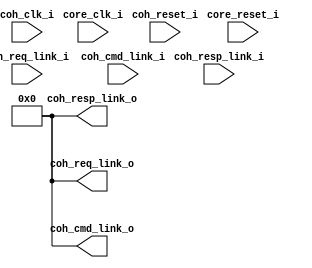
module bp_accelerator_complex_05
(
  core_clk_i,
  core_reset_i,
  coh_clk_i,
  coh_reset_i,
  coh_req_link_i,
  coh_req_link_o,
  coh_cmd_link_i,
  coh_cmd_link_o,
  coh_resp_link_i,
  coh_resp_link_o
);

  input [259:0] coh_req_link_i;
  output [259:0] coh_req_link_o;
  input [259:0] coh_cmd_link_i;
  output [259:0] coh_cmd_link_o;
  input [259:0] coh_resp_link_i;
  output [259:0] coh_resp_link_o;
  input core_clk_i;
  input core_reset_i;
  input coh_clk_i;
  input coh_reset_i;
  wire [259:0] coh_req_link_o,coh_cmd_link_o,coh_resp_link_o;
  assign coh_resp_link_o[0] = 1'b0;
  assign coh_resp_link_o[1] = 1'b0;
  assign coh_resp_link_o[2] = 1'b0;
  assign coh_resp_link_o[3] = 1'b0;
  assign coh_resp_link_o[4] = 1'b0;
  assign coh_resp_link_o[5] = 1'b0;
  assign coh_resp_link_o[6] = 1'b0;
  assign coh_resp_link_o[7] = 1'b0;
  assign coh_resp_link_o[8] = 1'b0;
  assign coh_resp_link_o[9] = 1'b0;
  assign coh_resp_link_o[10] = 1'b0;
  assign coh_resp_link_o[11] = 1'b0;
  assign coh_resp_link_o[12] = 1'b0;
  assign coh_resp_link_o[13] = 1'b0;
  assign coh_resp_link_o[14] = 1'b0;
  assign coh_resp_link_o[15] = 1'b0;
  assign coh_resp_link_o[16] = 1'b0;
  assign coh_resp_link_o[17] = 1'b0;
  assign coh_resp_link_o[18] = 1'b0;
  assign coh_resp_link_o[19] = 1'b0;
  assign coh_resp_link_o[20] = 1'b0;
  assign coh_resp_link_o[21] = 1'b0;
  assign coh_resp_link_o[22] = 1'b0;
  assign coh_resp_link_o[23] = 1'b0;
  assign coh_resp_link_o[24] = 1'b0;
  assign coh_resp_link_o[25] = 1'b0;
  assign coh_resp_link_o[26] = 1'b0;
  assign coh_resp_link_o[27] = 1'b0;
  assign coh_resp_link_o[28] = 1'b0;
  assign coh_resp_link_o[29] = 1'b0;
  assign coh_resp_link_o[30] = 1'b0;
  assign coh_resp_link_o[31] = 1'b0;
  assign coh_resp_link_o[32] = 1'b0;
  assign coh_resp_link_o[33] = 1'b0;
  assign coh_resp_link_o[34] = 1'b0;
  assign coh_resp_link_o[35] = 1'b0;
  assign coh_resp_link_o[36] = 1'b0;
  assign coh_resp_link_o[37] = 1'b0;
  assign coh_resp_link_o[38] = 1'b0;
  assign coh_resp_link_o[39] = 1'b0;
  assign coh_resp_link_o[40] = 1'b0;
  assign coh_resp_link_o[41] = 1'b0;
  assign coh_resp_link_o[42] = 1'b0;
  assign coh_resp_link_o[43] = 1'b0;
  assign coh_resp_link_o[44] = 1'b0;
  assign coh_resp_link_o[45] = 1'b0;
  assign coh_resp_link_o[46] = 1'b0;
  assign coh_resp_link_o[47] = 1'b0;
  assign coh_resp_link_o[48] = 1'b0;
  assign coh_resp_link_o[49] = 1'b0;
  assign coh_resp_link_o[50] = 1'b0;
  assign coh_resp_link_o[51] = 1'b0;
  assign coh_resp_link_o[52] = 1'b0;
  assign coh_resp_link_o[53] = 1'b0;
  assign coh_resp_link_o[54] = 1'b0;
  assign coh_resp_link_o[55] = 1'b0;
  assign coh_resp_link_o[56] = 1'b0;
  assign coh_resp_link_o[57] = 1'b0;
  assign coh_resp_link_o[58] = 1'b0;
  assign coh_resp_link_o[59] = 1'b0;
  assign coh_resp_link_o[60] = 1'b0;
  assign coh_resp_link_o[61] = 1'b0;
  assign coh_resp_link_o[62] = 1'b0;
  assign coh_resp_link_o[63] = 1'b0;
  assign coh_resp_link_o[64] = 1'b0;
  assign coh_resp_link_o[65] = 1'b0;
  assign coh_resp_link_o[66] = 1'b0;
  assign coh_resp_link_o[67] = 1'b0;
  assign coh_resp_link_o[68] = 1'b0;
  assign coh_resp_link_o[69] = 1'b0;
  assign coh_resp_link_o[70] = 1'b0;
  assign coh_resp_link_o[71] = 1'b0;
  assign coh_resp_link_o[72] = 1'b0;
  assign coh_resp_link_o[73] = 1'b0;
  assign coh_resp_link_o[74] = 1'b0;
  assign coh_resp_link_o[75] = 1'b0;
  assign coh_resp_link_o[76] = 1'b0;
  assign coh_resp_link_o[77] = 1'b0;
  assign coh_resp_link_o[78] = 1'b0;
  assign coh_resp_link_o[79] = 1'b0;
  assign coh_resp_link_o[80] = 1'b0;
  assign coh_resp_link_o[81] = 1'b0;
  assign coh_resp_link_o[82] = 1'b0;
  assign coh_resp_link_o[83] = 1'b0;
  assign coh_resp_link_o[84] = 1'b0;
  assign coh_resp_link_o[85] = 1'b0;
  assign coh_resp_link_o[86] = 1'b0;
  assign coh_resp_link_o[87] = 1'b0;
  assign coh_resp_link_o[88] = 1'b0;
  assign coh_resp_link_o[89] = 1'b0;
  assign coh_resp_link_o[90] = 1'b0;
  assign coh_resp_link_o[91] = 1'b0;
  assign coh_resp_link_o[92] = 1'b0;
  assign coh_resp_link_o[93] = 1'b0;
  assign coh_resp_link_o[94] = 1'b0;
  assign coh_resp_link_o[95] = 1'b0;
  assign coh_resp_link_o[96] = 1'b0;
  assign coh_resp_link_o[97] = 1'b0;
  assign coh_resp_link_o[98] = 1'b0;
  assign coh_resp_link_o[99] = 1'b0;
  assign coh_resp_link_o[100] = 1'b0;
  assign coh_resp_link_o[101] = 1'b0;
  assign coh_resp_link_o[102] = 1'b0;
  assign coh_resp_link_o[103] = 1'b0;
  assign coh_resp_link_o[104] = 1'b0;
  assign coh_resp_link_o[105] = 1'b0;
  assign coh_resp_link_o[106] = 1'b0;
  assign coh_resp_link_o[107] = 1'b0;
  assign coh_resp_link_o[108] = 1'b0;
  assign coh_resp_link_o[109] = 1'b0;
  assign coh_resp_link_o[110] = 1'b0;
  assign coh_resp_link_o[111] = 1'b0;
  assign coh_resp_link_o[112] = 1'b0;
  assign coh_resp_link_o[113] = 1'b0;
  assign coh_resp_link_o[114] = 1'b0;
  assign coh_resp_link_o[115] = 1'b0;
  assign coh_resp_link_o[116] = 1'b0;
  assign coh_resp_link_o[117] = 1'b0;
  assign coh_resp_link_o[118] = 1'b0;
  assign coh_resp_link_o[119] = 1'b0;
  assign coh_resp_link_o[120] = 1'b0;
  assign coh_resp_link_o[121] = 1'b0;
  assign coh_resp_link_o[122] = 1'b0;
  assign coh_resp_link_o[123] = 1'b0;
  assign coh_resp_link_o[124] = 1'b0;
  assign coh_resp_link_o[125] = 1'b0;
  assign coh_resp_link_o[126] = 1'b0;
  assign coh_resp_link_o[127] = 1'b0;
  assign coh_resp_link_o[128] = 1'b0;
  assign coh_resp_link_o[129] = 1'b0;
  assign coh_resp_link_o[130] = 1'b0;
  assign coh_resp_link_o[131] = 1'b0;
  assign coh_resp_link_o[132] = 1'b0;
  assign coh_resp_link_o[133] = 1'b0;
  assign coh_resp_link_o[134] = 1'b0;
  assign coh_resp_link_o[135] = 1'b0;
  assign coh_resp_link_o[136] = 1'b0;
  assign coh_resp_link_o[137] = 1'b0;
  assign coh_resp_link_o[138] = 1'b0;
  assign coh_resp_link_o[139] = 1'b0;
  assign coh_resp_link_o[140] = 1'b0;
  assign coh_resp_link_o[141] = 1'b0;
  assign coh_resp_link_o[142] = 1'b0;
  assign coh_resp_link_o[143] = 1'b0;
  assign coh_resp_link_o[144] = 1'b0;
  assign coh_resp_link_o[145] = 1'b0;
  assign coh_resp_link_o[146] = 1'b0;
  assign coh_resp_link_o[147] = 1'b0;
  assign coh_resp_link_o[148] = 1'b0;
  assign coh_resp_link_o[149] = 1'b0;
  assign coh_resp_link_o[150] = 1'b0;
  assign coh_resp_link_o[151] = 1'b0;
  assign coh_resp_link_o[152] = 1'b0;
  assign coh_resp_link_o[153] = 1'b0;
  assign coh_resp_link_o[154] = 1'b0;
  assign coh_resp_link_o[155] = 1'b0;
  assign coh_resp_link_o[156] = 1'b0;
  assign coh_resp_link_o[157] = 1'b0;
  assign coh_resp_link_o[158] = 1'b0;
  assign coh_resp_link_o[159] = 1'b0;
  assign coh_resp_link_o[160] = 1'b0;
  assign coh_resp_link_o[161] = 1'b0;
  assign coh_resp_link_o[162] = 1'b0;
  assign coh_resp_link_o[163] = 1'b0;
  assign coh_resp_link_o[164] = 1'b0;
  assign coh_resp_link_o[165] = 1'b0;
  assign coh_resp_link_o[166] = 1'b0;
  assign coh_resp_link_o[167] = 1'b0;
  assign coh_resp_link_o[168] = 1'b0;
  assign coh_resp_link_o[169] = 1'b0;
  assign coh_resp_link_o[170] = 1'b0;
  assign coh_resp_link_o[171] = 1'b0;
  assign coh_resp_link_o[172] = 1'b0;
  assign coh_resp_link_o[173] = 1'b0;
  assign coh_resp_link_o[174] = 1'b0;
  assign coh_resp_link_o[175] = 1'b0;
  assign coh_resp_link_o[176] = 1'b0;
  assign coh_resp_link_o[177] = 1'b0;
  assign coh_resp_link_o[178] = 1'b0;
  assign coh_resp_link_o[179] = 1'b0;
  assign coh_resp_link_o[180] = 1'b0;
  assign coh_resp_link_o[181] = 1'b0;
  assign coh_resp_link_o[182] = 1'b0;
  assign coh_resp_link_o[183] = 1'b0;
  assign coh_resp_link_o[184] = 1'b0;
  assign coh_resp_link_o[185] = 1'b0;
  assign coh_resp_link_o[186] = 1'b0;
  assign coh_resp_link_o[187] = 1'b0;
  assign coh_resp_link_o[188] = 1'b0;
  assign coh_resp_link_o[189] = 1'b0;
  assign coh_resp_link_o[190] = 1'b0;
  assign coh_resp_link_o[191] = 1'b0;
  assign coh_resp_link_o[192] = 1'b0;
  assign coh_resp_link_o[193] = 1'b0;
  assign coh_resp_link_o[194] = 1'b0;
  assign coh_resp_link_o[195] = 1'b0;
  assign coh_resp_link_o[196] = 1'b0;
  assign coh_resp_link_o[197] = 1'b0;
  assign coh_resp_link_o[198] = 1'b0;
  assign coh_resp_link_o[199] = 1'b0;
  assign coh_resp_link_o[200] = 1'b0;
  assign coh_resp_link_o[201] = 1'b0;
  assign coh_resp_link_o[202] = 1'b0;
  assign coh_resp_link_o[203] = 1'b0;
  assign coh_resp_link_o[204] = 1'b0;
  assign coh_resp_link_o[205] = 1'b0;
  assign coh_resp_link_o[206] = 1'b0;
  assign coh_resp_link_o[207] = 1'b0;
  assign coh_resp_link_o[208] = 1'b0;
  assign coh_resp_link_o[209] = 1'b0;
  assign coh_resp_link_o[210] = 1'b0;
  assign coh_resp_link_o[211] = 1'b0;
  assign coh_resp_link_o[212] = 1'b0;
  assign coh_resp_link_o[213] = 1'b0;
  assign coh_resp_link_o[214] = 1'b0;
  assign coh_resp_link_o[215] = 1'b0;
  assign coh_resp_link_o[216] = 1'b0;
  assign coh_resp_link_o[217] = 1'b0;
  assign coh_resp_link_o[218] = 1'b0;
  assign coh_resp_link_o[219] = 1'b0;
  assign coh_resp_link_o[220] = 1'b0;
  assign coh_resp_link_o[221] = 1'b0;
  assign coh_resp_link_o[222] = 1'b0;
  assign coh_resp_link_o[223] = 1'b0;
  assign coh_resp_link_o[224] = 1'b0;
  assign coh_resp_link_o[225] = 1'b0;
  assign coh_resp_link_o[226] = 1'b0;
  assign coh_resp_link_o[227] = 1'b0;
  assign coh_resp_link_o[228] = 1'b0;
  assign coh_resp_link_o[229] = 1'b0;
  assign coh_resp_link_o[230] = 1'b0;
  assign coh_resp_link_o[231] = 1'b0;
  assign coh_resp_link_o[232] = 1'b0;
  assign coh_resp_link_o[233] = 1'b0;
  assign coh_resp_link_o[234] = 1'b0;
  assign coh_resp_link_o[235] = 1'b0;
  assign coh_resp_link_o[236] = 1'b0;
  assign coh_resp_link_o[237] = 1'b0;
  assign coh_resp_link_o[238] = 1'b0;
  assign coh_resp_link_o[239] = 1'b0;
  assign coh_resp_link_o[240] = 1'b0;
  assign coh_resp_link_o[241] = 1'b0;
  assign coh_resp_link_o[242] = 1'b0;
  assign coh_resp_link_o[243] = 1'b0;
  assign coh_resp_link_o[244] = 1'b0;
  assign coh_resp_link_o[245] = 1'b0;
  assign coh_resp_link_o[246] = 1'b0;
  assign coh_resp_link_o[247] = 1'b0;
  assign coh_resp_link_o[248] = 1'b0;
  assign coh_resp_link_o[249] = 1'b0;
  assign coh_resp_link_o[250] = 1'b0;
  assign coh_resp_link_o[251] = 1'b0;
  assign coh_resp_link_o[252] = 1'b0;
  assign coh_resp_link_o[253] = 1'b0;
  assign coh_resp_link_o[254] = 1'b0;
  assign coh_resp_link_o[255] = 1'b0;
  assign coh_resp_link_o[256] = 1'b0;
  assign coh_resp_link_o[257] = 1'b0;
  assign coh_resp_link_o[258] = 1'b0;
  assign coh_resp_link_o[259] = 1'b0;
  assign coh_cmd_link_o[0] = 1'b0;
  assign coh_cmd_link_o[1] = 1'b0;
  assign coh_cmd_link_o[2] = 1'b0;
  assign coh_cmd_link_o[3] = 1'b0;
  assign coh_cmd_link_o[4] = 1'b0;
  assign coh_cmd_link_o[5] = 1'b0;
  assign coh_cmd_link_o[6] = 1'b0;
  assign coh_cmd_link_o[7] = 1'b0;
  assign coh_cmd_link_o[8] = 1'b0;
  assign coh_cmd_link_o[9] = 1'b0;
  assign coh_cmd_link_o[10] = 1'b0;
  assign coh_cmd_link_o[11] = 1'b0;
  assign coh_cmd_link_o[12] = 1'b0;
  assign coh_cmd_link_o[13] = 1'b0;
  assign coh_cmd_link_o[14] = 1'b0;
  assign coh_cmd_link_o[15] = 1'b0;
  assign coh_cmd_link_o[16] = 1'b0;
  assign coh_cmd_link_o[17] = 1'b0;
  assign coh_cmd_link_o[18] = 1'b0;
  assign coh_cmd_link_o[19] = 1'b0;
  assign coh_cmd_link_o[20] = 1'b0;
  assign coh_cmd_link_o[21] = 1'b0;
  assign coh_cmd_link_o[22] = 1'b0;
  assign coh_cmd_link_o[23] = 1'b0;
  assign coh_cmd_link_o[24] = 1'b0;
  assign coh_cmd_link_o[25] = 1'b0;
  assign coh_cmd_link_o[26] = 1'b0;
  assign coh_cmd_link_o[27] = 1'b0;
  assign coh_cmd_link_o[28] = 1'b0;
  assign coh_cmd_link_o[29] = 1'b0;
  assign coh_cmd_link_o[30] = 1'b0;
  assign coh_cmd_link_o[31] = 1'b0;
  assign coh_cmd_link_o[32] = 1'b0;
  assign coh_cmd_link_o[33] = 1'b0;
  assign coh_cmd_link_o[34] = 1'b0;
  assign coh_cmd_link_o[35] = 1'b0;
  assign coh_cmd_link_o[36] = 1'b0;
  assign coh_cmd_link_o[37] = 1'b0;
  assign coh_cmd_link_o[38] = 1'b0;
  assign coh_cmd_link_o[39] = 1'b0;
  assign coh_cmd_link_o[40] = 1'b0;
  assign coh_cmd_link_o[41] = 1'b0;
  assign coh_cmd_link_o[42] = 1'b0;
  assign coh_cmd_link_o[43] = 1'b0;
  assign coh_cmd_link_o[44] = 1'b0;
  assign coh_cmd_link_o[45] = 1'b0;
  assign coh_cmd_link_o[46] = 1'b0;
  assign coh_cmd_link_o[47] = 1'b0;
  assign coh_cmd_link_o[48] = 1'b0;
  assign coh_cmd_link_o[49] = 1'b0;
  assign coh_cmd_link_o[50] = 1'b0;
  assign coh_cmd_link_o[51] = 1'b0;
  assign coh_cmd_link_o[52] = 1'b0;
  assign coh_cmd_link_o[53] = 1'b0;
  assign coh_cmd_link_o[54] = 1'b0;
  assign coh_cmd_link_o[55] = 1'b0;
  assign coh_cmd_link_o[56] = 1'b0;
  assign coh_cmd_link_o[57] = 1'b0;
  assign coh_cmd_link_o[58] = 1'b0;
  assign coh_cmd_link_o[59] = 1'b0;
  assign coh_cmd_link_o[60] = 1'b0;
  assign coh_cmd_link_o[61] = 1'b0;
  assign coh_cmd_link_o[62] = 1'b0;
  assign coh_cmd_link_o[63] = 1'b0;
  assign coh_cmd_link_o[64] = 1'b0;
  assign coh_cmd_link_o[65] = 1'b0;
  assign coh_cmd_link_o[66] = 1'b0;
  assign coh_cmd_link_o[67] = 1'b0;
  assign coh_cmd_link_o[68] = 1'b0;
  assign coh_cmd_link_o[69] = 1'b0;
  assign coh_cmd_link_o[70] = 1'b0;
  assign coh_cmd_link_o[71] = 1'b0;
  assign coh_cmd_link_o[72] = 1'b0;
  assign coh_cmd_link_o[73] = 1'b0;
  assign coh_cmd_link_o[74] = 1'b0;
  assign coh_cmd_link_o[75] = 1'b0;
  assign coh_cmd_link_o[76] = 1'b0;
  assign coh_cmd_link_o[77] = 1'b0;
  assign coh_cmd_link_o[78] = 1'b0;
  assign coh_cmd_link_o[79] = 1'b0;
  assign coh_cmd_link_o[80] = 1'b0;
  assign coh_cmd_link_o[81] = 1'b0;
  assign coh_cmd_link_o[82] = 1'b0;
  assign coh_cmd_link_o[83] = 1'b0;
  assign coh_cmd_link_o[84] = 1'b0;
  assign coh_cmd_link_o[85] = 1'b0;
  assign coh_cmd_link_o[86] = 1'b0;
  assign coh_cmd_link_o[87] = 1'b0;
  assign coh_cmd_link_o[88] = 1'b0;
  assign coh_cmd_link_o[89] = 1'b0;
  assign coh_cmd_link_o[90] = 1'b0;
  assign coh_cmd_link_o[91] = 1'b0;
  assign coh_cmd_link_o[92] = 1'b0;
  assign coh_cmd_link_o[93] = 1'b0;
  assign coh_cmd_link_o[94] = 1'b0;
  assign coh_cmd_link_o[95] = 1'b0;
  assign coh_cmd_link_o[96] = 1'b0;
  assign coh_cmd_link_o[97] = 1'b0;
  assign coh_cmd_link_o[98] = 1'b0;
  assign coh_cmd_link_o[99] = 1'b0;
  assign coh_cmd_link_o[100] = 1'b0;
  assign coh_cmd_link_o[101] = 1'b0;
  assign coh_cmd_link_o[102] = 1'b0;
  assign coh_cmd_link_o[103] = 1'b0;
  assign coh_cmd_link_o[104] = 1'b0;
  assign coh_cmd_link_o[105] = 1'b0;
  assign coh_cmd_link_o[106] = 1'b0;
  assign coh_cmd_link_o[107] = 1'b0;
  assign coh_cmd_link_o[108] = 1'b0;
  assign coh_cmd_link_o[109] = 1'b0;
  assign coh_cmd_link_o[110] = 1'b0;
  assign coh_cmd_link_o[111] = 1'b0;
  assign coh_cmd_link_o[112] = 1'b0;
  assign coh_cmd_link_o[113] = 1'b0;
  assign coh_cmd_link_o[114] = 1'b0;
  assign coh_cmd_link_o[115] = 1'b0;
  assign coh_cmd_link_o[116] = 1'b0;
  assign coh_cmd_link_o[117] = 1'b0;
  assign coh_cmd_link_o[118] = 1'b0;
  assign coh_cmd_link_o[119] = 1'b0;
  assign coh_cmd_link_o[120] = 1'b0;
  assign coh_cmd_link_o[121] = 1'b0;
  assign coh_cmd_link_o[122] = 1'b0;
  assign coh_cmd_link_o[123] = 1'b0;
  assign coh_cmd_link_o[124] = 1'b0;
  assign coh_cmd_link_o[125] = 1'b0;
  assign coh_cmd_link_o[126] = 1'b0;
  assign coh_cmd_link_o[127] = 1'b0;
  assign coh_cmd_link_o[128] = 1'b0;
  assign coh_cmd_link_o[129] = 1'b0;
  assign coh_cmd_link_o[130] = 1'b0;
  assign coh_cmd_link_o[131] = 1'b0;
  assign coh_cmd_link_o[132] = 1'b0;
  assign coh_cmd_link_o[133] = 1'b0;
  assign coh_cmd_link_o[134] = 1'b0;
  assign coh_cmd_link_o[135] = 1'b0;
  assign coh_cmd_link_o[136] = 1'b0;
  assign coh_cmd_link_o[137] = 1'b0;
  assign coh_cmd_link_o[138] = 1'b0;
  assign coh_cmd_link_o[139] = 1'b0;
  assign coh_cmd_link_o[140] = 1'b0;
  assign coh_cmd_link_o[141] = 1'b0;
  assign coh_cmd_link_o[142] = 1'b0;
  assign coh_cmd_link_o[143] = 1'b0;
  assign coh_cmd_link_o[144] = 1'b0;
  assign coh_cmd_link_o[145] = 1'b0;
  assign coh_cmd_link_o[146] = 1'b0;
  assign coh_cmd_link_o[147] = 1'b0;
  assign coh_cmd_link_o[148] = 1'b0;
  assign coh_cmd_link_o[149] = 1'b0;
  assign coh_cmd_link_o[150] = 1'b0;
  assign coh_cmd_link_o[151] = 1'b0;
  assign coh_cmd_link_o[152] = 1'b0;
  assign coh_cmd_link_o[153] = 1'b0;
  assign coh_cmd_link_o[154] = 1'b0;
  assign coh_cmd_link_o[155] = 1'b0;
  assign coh_cmd_link_o[156] = 1'b0;
  assign coh_cmd_link_o[157] = 1'b0;
  assign coh_cmd_link_o[158] = 1'b0;
  assign coh_cmd_link_o[159] = 1'b0;
  assign coh_cmd_link_o[160] = 1'b0;
  assign coh_cmd_link_o[161] = 1'b0;
  assign coh_cmd_link_o[162] = 1'b0;
  assign coh_cmd_link_o[163] = 1'b0;
  assign coh_cmd_link_o[164] = 1'b0;
  assign coh_cmd_link_o[165] = 1'b0;
  assign coh_cmd_link_o[166] = 1'b0;
  assign coh_cmd_link_o[167] = 1'b0;
  assign coh_cmd_link_o[168] = 1'b0;
  assign coh_cmd_link_o[169] = 1'b0;
  assign coh_cmd_link_o[170] = 1'b0;
  assign coh_cmd_link_o[171] = 1'b0;
  assign coh_cmd_link_o[172] = 1'b0;
  assign coh_cmd_link_o[173] = 1'b0;
  assign coh_cmd_link_o[174] = 1'b0;
  assign coh_cmd_link_o[175] = 1'b0;
  assign coh_cmd_link_o[176] = 1'b0;
  assign coh_cmd_link_o[177] = 1'b0;
  assign coh_cmd_link_o[178] = 1'b0;
  assign coh_cmd_link_o[179] = 1'b0;
  assign coh_cmd_link_o[180] = 1'b0;
  assign coh_cmd_link_o[181] = 1'b0;
  assign coh_cmd_link_o[182] = 1'b0;
  assign coh_cmd_link_o[183] = 1'b0;
  assign coh_cmd_link_o[184] = 1'b0;
  assign coh_cmd_link_o[185] = 1'b0;
  assign coh_cmd_link_o[186] = 1'b0;
  assign coh_cmd_link_o[187] = 1'b0;
  assign coh_cmd_link_o[188] = 1'b0;
  assign coh_cmd_link_o[189] = 1'b0;
  assign coh_cmd_link_o[190] = 1'b0;
  assign coh_cmd_link_o[191] = 1'b0;
  assign coh_cmd_link_o[192] = 1'b0;
  assign coh_cmd_link_o[193] = 1'b0;
  assign coh_cmd_link_o[194] = 1'b0;
  assign coh_cmd_link_o[195] = 1'b0;
  assign coh_cmd_link_o[196] = 1'b0;
  assign coh_cmd_link_o[197] = 1'b0;
  assign coh_cmd_link_o[198] = 1'b0;
  assign coh_cmd_link_o[199] = 1'b0;
  assign coh_cmd_link_o[200] = 1'b0;
  assign coh_cmd_link_o[201] = 1'b0;
  assign coh_cmd_link_o[202] = 1'b0;
  assign coh_cmd_link_o[203] = 1'b0;
  assign coh_cmd_link_o[204] = 1'b0;
  assign coh_cmd_link_o[205] = 1'b0;
  assign coh_cmd_link_o[206] = 1'b0;
  assign coh_cmd_link_o[207] = 1'b0;
  assign coh_cmd_link_o[208] = 1'b0;
  assign coh_cmd_link_o[209] = 1'b0;
  assign coh_cmd_link_o[210] = 1'b0;
  assign coh_cmd_link_o[211] = 1'b0;
  assign coh_cmd_link_o[212] = 1'b0;
  assign coh_cmd_link_o[213] = 1'b0;
  assign coh_cmd_link_o[214] = 1'b0;
  assign coh_cmd_link_o[215] = 1'b0;
  assign coh_cmd_link_o[216] = 1'b0;
  assign coh_cmd_link_o[217] = 1'b0;
  assign coh_cmd_link_o[218] = 1'b0;
  assign coh_cmd_link_o[219] = 1'b0;
  assign coh_cmd_link_o[220] = 1'b0;
  assign coh_cmd_link_o[221] = 1'b0;
  assign coh_cmd_link_o[222] = 1'b0;
  assign coh_cmd_link_o[223] = 1'b0;
  assign coh_cmd_link_o[224] = 1'b0;
  assign coh_cmd_link_o[225] = 1'b0;
  assign coh_cmd_link_o[226] = 1'b0;
  assign coh_cmd_link_o[227] = 1'b0;
  assign coh_cmd_link_o[228] = 1'b0;
  assign coh_cmd_link_o[229] = 1'b0;
  assign coh_cmd_link_o[230] = 1'b0;
  assign coh_cmd_link_o[231] = 1'b0;
  assign coh_cmd_link_o[232] = 1'b0;
  assign coh_cmd_link_o[233] = 1'b0;
  assign coh_cmd_link_o[234] = 1'b0;
  assign coh_cmd_link_o[235] = 1'b0;
  assign coh_cmd_link_o[236] = 1'b0;
  assign coh_cmd_link_o[237] = 1'b0;
  assign coh_cmd_link_o[238] = 1'b0;
  assign coh_cmd_link_o[239] = 1'b0;
  assign coh_cmd_link_o[240] = 1'b0;
  assign coh_cmd_link_o[241] = 1'b0;
  assign coh_cmd_link_o[242] = 1'b0;
  assign coh_cmd_link_o[243] = 1'b0;
  assign coh_cmd_link_o[244] = 1'b0;
  assign coh_cmd_link_o[245] = 1'b0;
  assign coh_cmd_link_o[246] = 1'b0;
  assign coh_cmd_link_o[247] = 1'b0;
  assign coh_cmd_link_o[248] = 1'b0;
  assign coh_cmd_link_o[249] = 1'b0;
  assign coh_cmd_link_o[250] = 1'b0;
  assign coh_cmd_link_o[251] = 1'b0;
  assign coh_cmd_link_o[252] = 1'b0;
  assign coh_cmd_link_o[253] = 1'b0;
  assign coh_cmd_link_o[254] = 1'b0;
  assign coh_cmd_link_o[255] = 1'b0;
  assign coh_cmd_link_o[256] = 1'b0;
  assign coh_cmd_link_o[257] = 1'b0;
  assign coh_cmd_link_o[258] = 1'b0;
  assign coh_cmd_link_o[259] = 1'b0;
  assign coh_req_link_o[0] = 1'b0;
  assign coh_req_link_o[1] = 1'b0;
  assign coh_req_link_o[2] = 1'b0;
  assign coh_req_link_o[3] = 1'b0;
  assign coh_req_link_o[4] = 1'b0;
  assign coh_req_link_o[5] = 1'b0;
  assign coh_req_link_o[6] = 1'b0;
  assign coh_req_link_o[7] = 1'b0;
  assign coh_req_link_o[8] = 1'b0;
  assign coh_req_link_o[9] = 1'b0;
  assign coh_req_link_o[10] = 1'b0;
  assign coh_req_link_o[11] = 1'b0;
  assign coh_req_link_o[12] = 1'b0;
  assign coh_req_link_o[13] = 1'b0;
  assign coh_req_link_o[14] = 1'b0;
  assign coh_req_link_o[15] = 1'b0;
  assign coh_req_link_o[16] = 1'b0;
  assign coh_req_link_o[17] = 1'b0;
  assign coh_req_link_o[18] = 1'b0;
  assign coh_req_link_o[19] = 1'b0;
  assign coh_req_link_o[20] = 1'b0;
  assign coh_req_link_o[21] = 1'b0;
  assign coh_req_link_o[22] = 1'b0;
  assign coh_req_link_o[23] = 1'b0;
  assign coh_req_link_o[24] = 1'b0;
  assign coh_req_link_o[25] = 1'b0;
  assign coh_req_link_o[26] = 1'b0;
  assign coh_req_link_o[27] = 1'b0;
  assign coh_req_link_o[28] = 1'b0;
  assign coh_req_link_o[29] = 1'b0;
  assign coh_req_link_o[30] = 1'b0;
  assign coh_req_link_o[31] = 1'b0;
  assign coh_req_link_o[32] = 1'b0;
  assign coh_req_link_o[33] = 1'b0;
  assign coh_req_link_o[34] = 1'b0;
  assign coh_req_link_o[35] = 1'b0;
  assign coh_req_link_o[36] = 1'b0;
  assign coh_req_link_o[37] = 1'b0;
  assign coh_req_link_o[38] = 1'b0;
  assign coh_req_link_o[39] = 1'b0;
  assign coh_req_link_o[40] = 1'b0;
  assign coh_req_link_o[41] = 1'b0;
  assign coh_req_link_o[42] = 1'b0;
  assign coh_req_link_o[43] = 1'b0;
  assign coh_req_link_o[44] = 1'b0;
  assign coh_req_link_o[45] = 1'b0;
  assign coh_req_link_o[46] = 1'b0;
  assign coh_req_link_o[47] = 1'b0;
  assign coh_req_link_o[48] = 1'b0;
  assign coh_req_link_o[49] = 1'b0;
  assign coh_req_link_o[50] = 1'b0;
  assign coh_req_link_o[51] = 1'b0;
  assign coh_req_link_o[52] = 1'b0;
  assign coh_req_link_o[53] = 1'b0;
  assign coh_req_link_o[54] = 1'b0;
  assign coh_req_link_o[55] = 1'b0;
  assign coh_req_link_o[56] = 1'b0;
  assign coh_req_link_o[57] = 1'b0;
  assign coh_req_link_o[58] = 1'b0;
  assign coh_req_link_o[59] = 1'b0;
  assign coh_req_link_o[60] = 1'b0;
  assign coh_req_link_o[61] = 1'b0;
  assign coh_req_link_o[62] = 1'b0;
  assign coh_req_link_o[63] = 1'b0;
  assign coh_req_link_o[64] = 1'b0;
  assign coh_req_link_o[65] = 1'b0;
  assign coh_req_link_o[66] = 1'b0;
  assign coh_req_link_o[67] = 1'b0;
  assign coh_req_link_o[68] = 1'b0;
  assign coh_req_link_o[69] = 1'b0;
  assign coh_req_link_o[70] = 1'b0;
  assign coh_req_link_o[71] = 1'b0;
  assign coh_req_link_o[72] = 1'b0;
  assign coh_req_link_o[73] = 1'b0;
  assign coh_req_link_o[74] = 1'b0;
  assign coh_req_link_o[75] = 1'b0;
  assign coh_req_link_o[76] = 1'b0;
  assign coh_req_link_o[77] = 1'b0;
  assign coh_req_link_o[78] = 1'b0;
  assign coh_req_link_o[79] = 1'b0;
  assign coh_req_link_o[80] = 1'b0;
  assign coh_req_link_o[81] = 1'b0;
  assign coh_req_link_o[82] = 1'b0;
  assign coh_req_link_o[83] = 1'b0;
  assign coh_req_link_o[84] = 1'b0;
  assign coh_req_link_o[85] = 1'b0;
  assign coh_req_link_o[86] = 1'b0;
  assign coh_req_link_o[87] = 1'b0;
  assign coh_req_link_o[88] = 1'b0;
  assign coh_req_link_o[89] = 1'b0;
  assign coh_req_link_o[90] = 1'b0;
  assign coh_req_link_o[91] = 1'b0;
  assign coh_req_link_o[92] = 1'b0;
  assign coh_req_link_o[93] = 1'b0;
  assign coh_req_link_o[94] = 1'b0;
  assign coh_req_link_o[95] = 1'b0;
  assign coh_req_link_o[96] = 1'b0;
  assign coh_req_link_o[97] = 1'b0;
  assign coh_req_link_o[98] = 1'b0;
  assign coh_req_link_o[99] = 1'b0;
  assign coh_req_link_o[100] = 1'b0;
  assign coh_req_link_o[101] = 1'b0;
  assign coh_req_link_o[102] = 1'b0;
  assign coh_req_link_o[103] = 1'b0;
  assign coh_req_link_o[104] = 1'b0;
  assign coh_req_link_o[105] = 1'b0;
  assign coh_req_link_o[106] = 1'b0;
  assign coh_req_link_o[107] = 1'b0;
  assign coh_req_link_o[108] = 1'b0;
  assign coh_req_link_o[109] = 1'b0;
  assign coh_req_link_o[110] = 1'b0;
  assign coh_req_link_o[111] = 1'b0;
  assign coh_req_link_o[112] = 1'b0;
  assign coh_req_link_o[113] = 1'b0;
  assign coh_req_link_o[114] = 1'b0;
  assign coh_req_link_o[115] = 1'b0;
  assign coh_req_link_o[116] = 1'b0;
  assign coh_req_link_o[117] = 1'b0;
  assign coh_req_link_o[118] = 1'b0;
  assign coh_req_link_o[119] = 1'b0;
  assign coh_req_link_o[120] = 1'b0;
  assign coh_req_link_o[121] = 1'b0;
  assign coh_req_link_o[122] = 1'b0;
  assign coh_req_link_o[123] = 1'b0;
  assign coh_req_link_o[124] = 1'b0;
  assign coh_req_link_o[125] = 1'b0;
  assign coh_req_link_o[126] = 1'b0;
  assign coh_req_link_o[127] = 1'b0;
  assign coh_req_link_o[128] = 1'b0;
  assign coh_req_link_o[129] = 1'b0;
  assign coh_req_link_o[130] = 1'b0;
  assign coh_req_link_o[131] = 1'b0;
  assign coh_req_link_o[132] = 1'b0;
  assign coh_req_link_o[133] = 1'b0;
  assign coh_req_link_o[134] = 1'b0;
  assign coh_req_link_o[135] = 1'b0;
  assign coh_req_link_o[136] = 1'b0;
  assign coh_req_link_o[137] = 1'b0;
  assign coh_req_link_o[138] = 1'b0;
  assign coh_req_link_o[139] = 1'b0;
  assign coh_req_link_o[140] = 1'b0;
  assign coh_req_link_o[141] = 1'b0;
  assign coh_req_link_o[142] = 1'b0;
  assign coh_req_link_o[143] = 1'b0;
  assign coh_req_link_o[144] = 1'b0;
  assign coh_req_link_o[145] = 1'b0;
  assign coh_req_link_o[146] = 1'b0;
  assign coh_req_link_o[147] = 1'b0;
  assign coh_req_link_o[148] = 1'b0;
  assign coh_req_link_o[149] = 1'b0;
  assign coh_req_link_o[150] = 1'b0;
  assign coh_req_link_o[151] = 1'b0;
  assign coh_req_link_o[152] = 1'b0;
  assign coh_req_link_o[153] = 1'b0;
  assign coh_req_link_o[154] = 1'b0;
  assign coh_req_link_o[155] = 1'b0;
  assign coh_req_link_o[156] = 1'b0;
  assign coh_req_link_o[157] = 1'b0;
  assign coh_req_link_o[158] = 1'b0;
  assign coh_req_link_o[159] = 1'b0;
  assign coh_req_link_o[160] = 1'b0;
  assign coh_req_link_o[161] = 1'b0;
  assign coh_req_link_o[162] = 1'b0;
  assign coh_req_link_o[163] = 1'b0;
  assign coh_req_link_o[164] = 1'b0;
  assign coh_req_link_o[165] = 1'b0;
  assign coh_req_link_o[166] = 1'b0;
  assign coh_req_link_o[167] = 1'b0;
  assign coh_req_link_o[168] = 1'b0;
  assign coh_req_link_o[169] = 1'b0;
  assign coh_req_link_o[170] = 1'b0;
  assign coh_req_link_o[171] = 1'b0;
  assign coh_req_link_o[172] = 1'b0;
  assign coh_req_link_o[173] = 1'b0;
  assign coh_req_link_o[174] = 1'b0;
  assign coh_req_link_o[175] = 1'b0;
  assign coh_req_link_o[176] = 1'b0;
  assign coh_req_link_o[177] = 1'b0;
  assign coh_req_link_o[178] = 1'b0;
  assign coh_req_link_o[179] = 1'b0;
  assign coh_req_link_o[180] = 1'b0;
  assign coh_req_link_o[181] = 1'b0;
  assign coh_req_link_o[182] = 1'b0;
  assign coh_req_link_o[183] = 1'b0;
  assign coh_req_link_o[184] = 1'b0;
  assign coh_req_link_o[185] = 1'b0;
  assign coh_req_link_o[186] = 1'b0;
  assign coh_req_link_o[187] = 1'b0;
  assign coh_req_link_o[188] = 1'b0;
  assign coh_req_link_o[189] = 1'b0;
  assign coh_req_link_o[190] = 1'b0;
  assign coh_req_link_o[191] = 1'b0;
  assign coh_req_link_o[192] = 1'b0;
  assign coh_req_link_o[193] = 1'b0;
  assign coh_req_link_o[194] = 1'b0;
  assign coh_req_link_o[195] = 1'b0;
  assign coh_req_link_o[196] = 1'b0;
  assign coh_req_link_o[197] = 1'b0;
  assign coh_req_link_o[198] = 1'b0;
  assign coh_req_link_o[199] = 1'b0;
  assign coh_req_link_o[200] = 1'b0;
  assign coh_req_link_o[201] = 1'b0;
  assign coh_req_link_o[202] = 1'b0;
  assign coh_req_link_o[203] = 1'b0;
  assign coh_req_link_o[204] = 1'b0;
  assign coh_req_link_o[205] = 1'b0;
  assign coh_req_link_o[206] = 1'b0;
  assign coh_req_link_o[207] = 1'b0;
  assign coh_req_link_o[208] = 1'b0;
  assign coh_req_link_o[209] = 1'b0;
  assign coh_req_link_o[210] = 1'b0;
  assign coh_req_link_o[211] = 1'b0;
  assign coh_req_link_o[212] = 1'b0;
  assign coh_req_link_o[213] = 1'b0;
  assign coh_req_link_o[214] = 1'b0;
  assign coh_req_link_o[215] = 1'b0;
  assign coh_req_link_o[216] = 1'b0;
  assign coh_req_link_o[217] = 1'b0;
  assign coh_req_link_o[218] = 1'b0;
  assign coh_req_link_o[219] = 1'b0;
  assign coh_req_link_o[220] = 1'b0;
  assign coh_req_link_o[221] = 1'b0;
  assign coh_req_link_o[222] = 1'b0;
  assign coh_req_link_o[223] = 1'b0;
  assign coh_req_link_o[224] = 1'b0;
  assign coh_req_link_o[225] = 1'b0;
  assign coh_req_link_o[226] = 1'b0;
  assign coh_req_link_o[227] = 1'b0;
  assign coh_req_link_o[228] = 1'b0;
  assign coh_req_link_o[229] = 1'b0;
  assign coh_req_link_o[230] = 1'b0;
  assign coh_req_link_o[231] = 1'b0;
  assign coh_req_link_o[232] = 1'b0;
  assign coh_req_link_o[233] = 1'b0;
  assign coh_req_link_o[234] = 1'b0;
  assign coh_req_link_o[235] = 1'b0;
  assign coh_req_link_o[236] = 1'b0;
  assign coh_req_link_o[237] = 1'b0;
  assign coh_req_link_o[238] = 1'b0;
  assign coh_req_link_o[239] = 1'b0;
  assign coh_req_link_o[240] = 1'b0;
  assign coh_req_link_o[241] = 1'b0;
  assign coh_req_link_o[242] = 1'b0;
  assign coh_req_link_o[243] = 1'b0;
  assign coh_req_link_o[244] = 1'b0;
  assign coh_req_link_o[245] = 1'b0;
  assign coh_req_link_o[246] = 1'b0;
  assign coh_req_link_o[247] = 1'b0;
  assign coh_req_link_o[248] = 1'b0;
  assign coh_req_link_o[249] = 1'b0;
  assign coh_req_link_o[250] = 1'b0;
  assign coh_req_link_o[251] = 1'b0;
  assign coh_req_link_o[252] = 1'b0;
  assign coh_req_link_o[253] = 1'b0;
  assign coh_req_link_o[254] = 1'b0;
  assign coh_req_link_o[255] = 1'b0;
  assign coh_req_link_o[256] = 1'b0;
  assign coh_req_link_o[257] = 1'b0;
  assign coh_req_link_o[258] = 1'b0;
  assign coh_req_link_o[259] = 1'b0;

endmodule